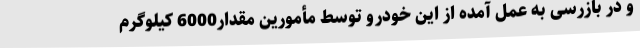
و در بازرسی به عمل آمده از این خودرو توسط مأمورین مقدار6000 کیلوگرم